Senior Leaving Certificate Examination (including Day School Certificate (Higher) General paper), 1949
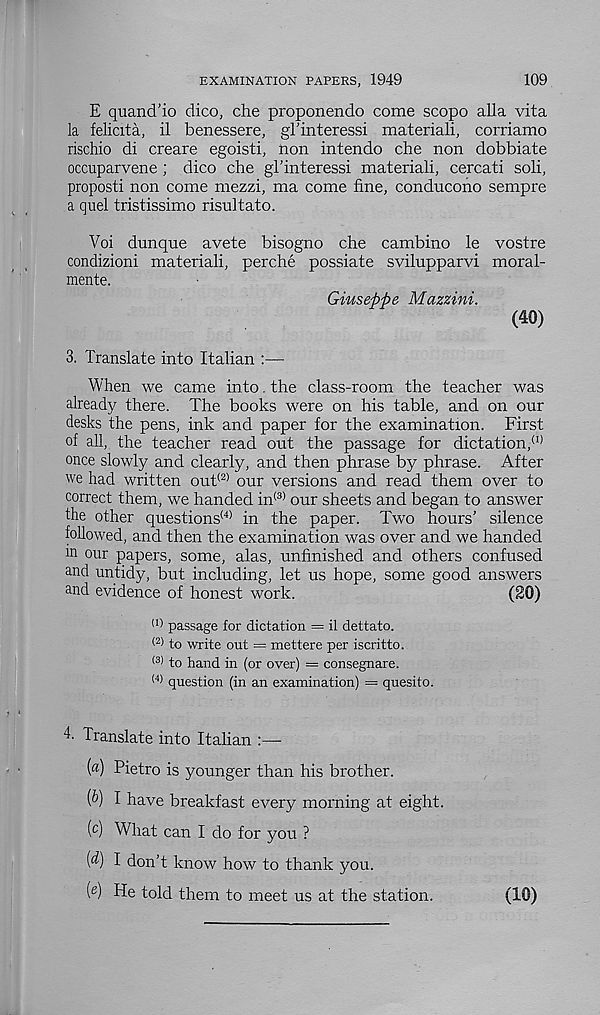
EXAMINATION PAPERS, 1949
109
E quancTio dico, che proponendo come scopo alia vita
la felicita, il benessere, gFinteressi materiali, corriamo
rischio di creare egoisti, non intendo che non dobbiate
occuparvene ; dico che gl’interessi materiali, cercati soli,
proposti non come mezzi, ma come fine, conducono sempre
a quel tristissimo risultato.
Voi dunque avete bisogno che cambino le vostre
condizioni materiali, perche possiate svilupparvi moral-
mente.
Giuseppe Mazzini.
(40)
3. Translate into Italian :—
When we came into the class-room the teacher was
already there. The books were on his table, and on our
desks the pens, ink and paper for the examination. First
of all, the teacher read out the passage for dictation, (I)
once slowly and clearly, and then phrase by phrase. After
we had written out (2) our versions and read them over to
correct them, we handed in (3) our sheets and began to answer
the other questions (4) in the paper. Two hours’ silence
followed, and then the examination was over and we handed
in °ur papers, some, alas, unfinished and others confused
and untidy, but including, let us hope, some good answers
and evidence of honest work.
(20)
passage for dictation = il dettato.
(2) to write out = mettere per iscritto.
(3) to hand in (or over) = consegnare.
(4) question (in an examination) — quesito.
T Translate into Italian :—
(a) Pietro is younger than his brother.
(fr) I have breakfast every morning at eight,
(c) What can I do for you ?
(^) I don’t know how to thank you.
( e ) He told them to meet us at the station.
(10)